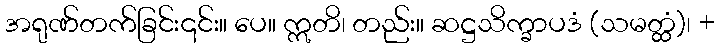
အရုဏ်တက်ခြင်း၎င်း။ ပေ။ ဣတိ၊ တည်း။ ဆဋ္ဌသိက္ခာပဒံ (သမတ္ထံ)၊ +